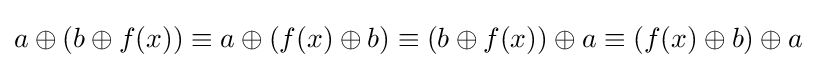
a\oplus (b\oplus f(x))\equiv a\oplus (f(x)\oplus b)\equiv (b\oplus f(x))\oplus a\equiv (f(x)\oplus b)\oplus a